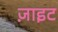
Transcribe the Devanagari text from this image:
ज़ाइट